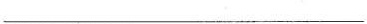
___